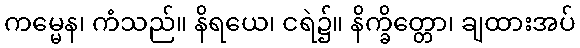
ကမ္မေန၊ ကံသည်။ နိရယေ၊ ငရဲ၌။ နိက္ခိတ္တော၊ ချထားအပ်